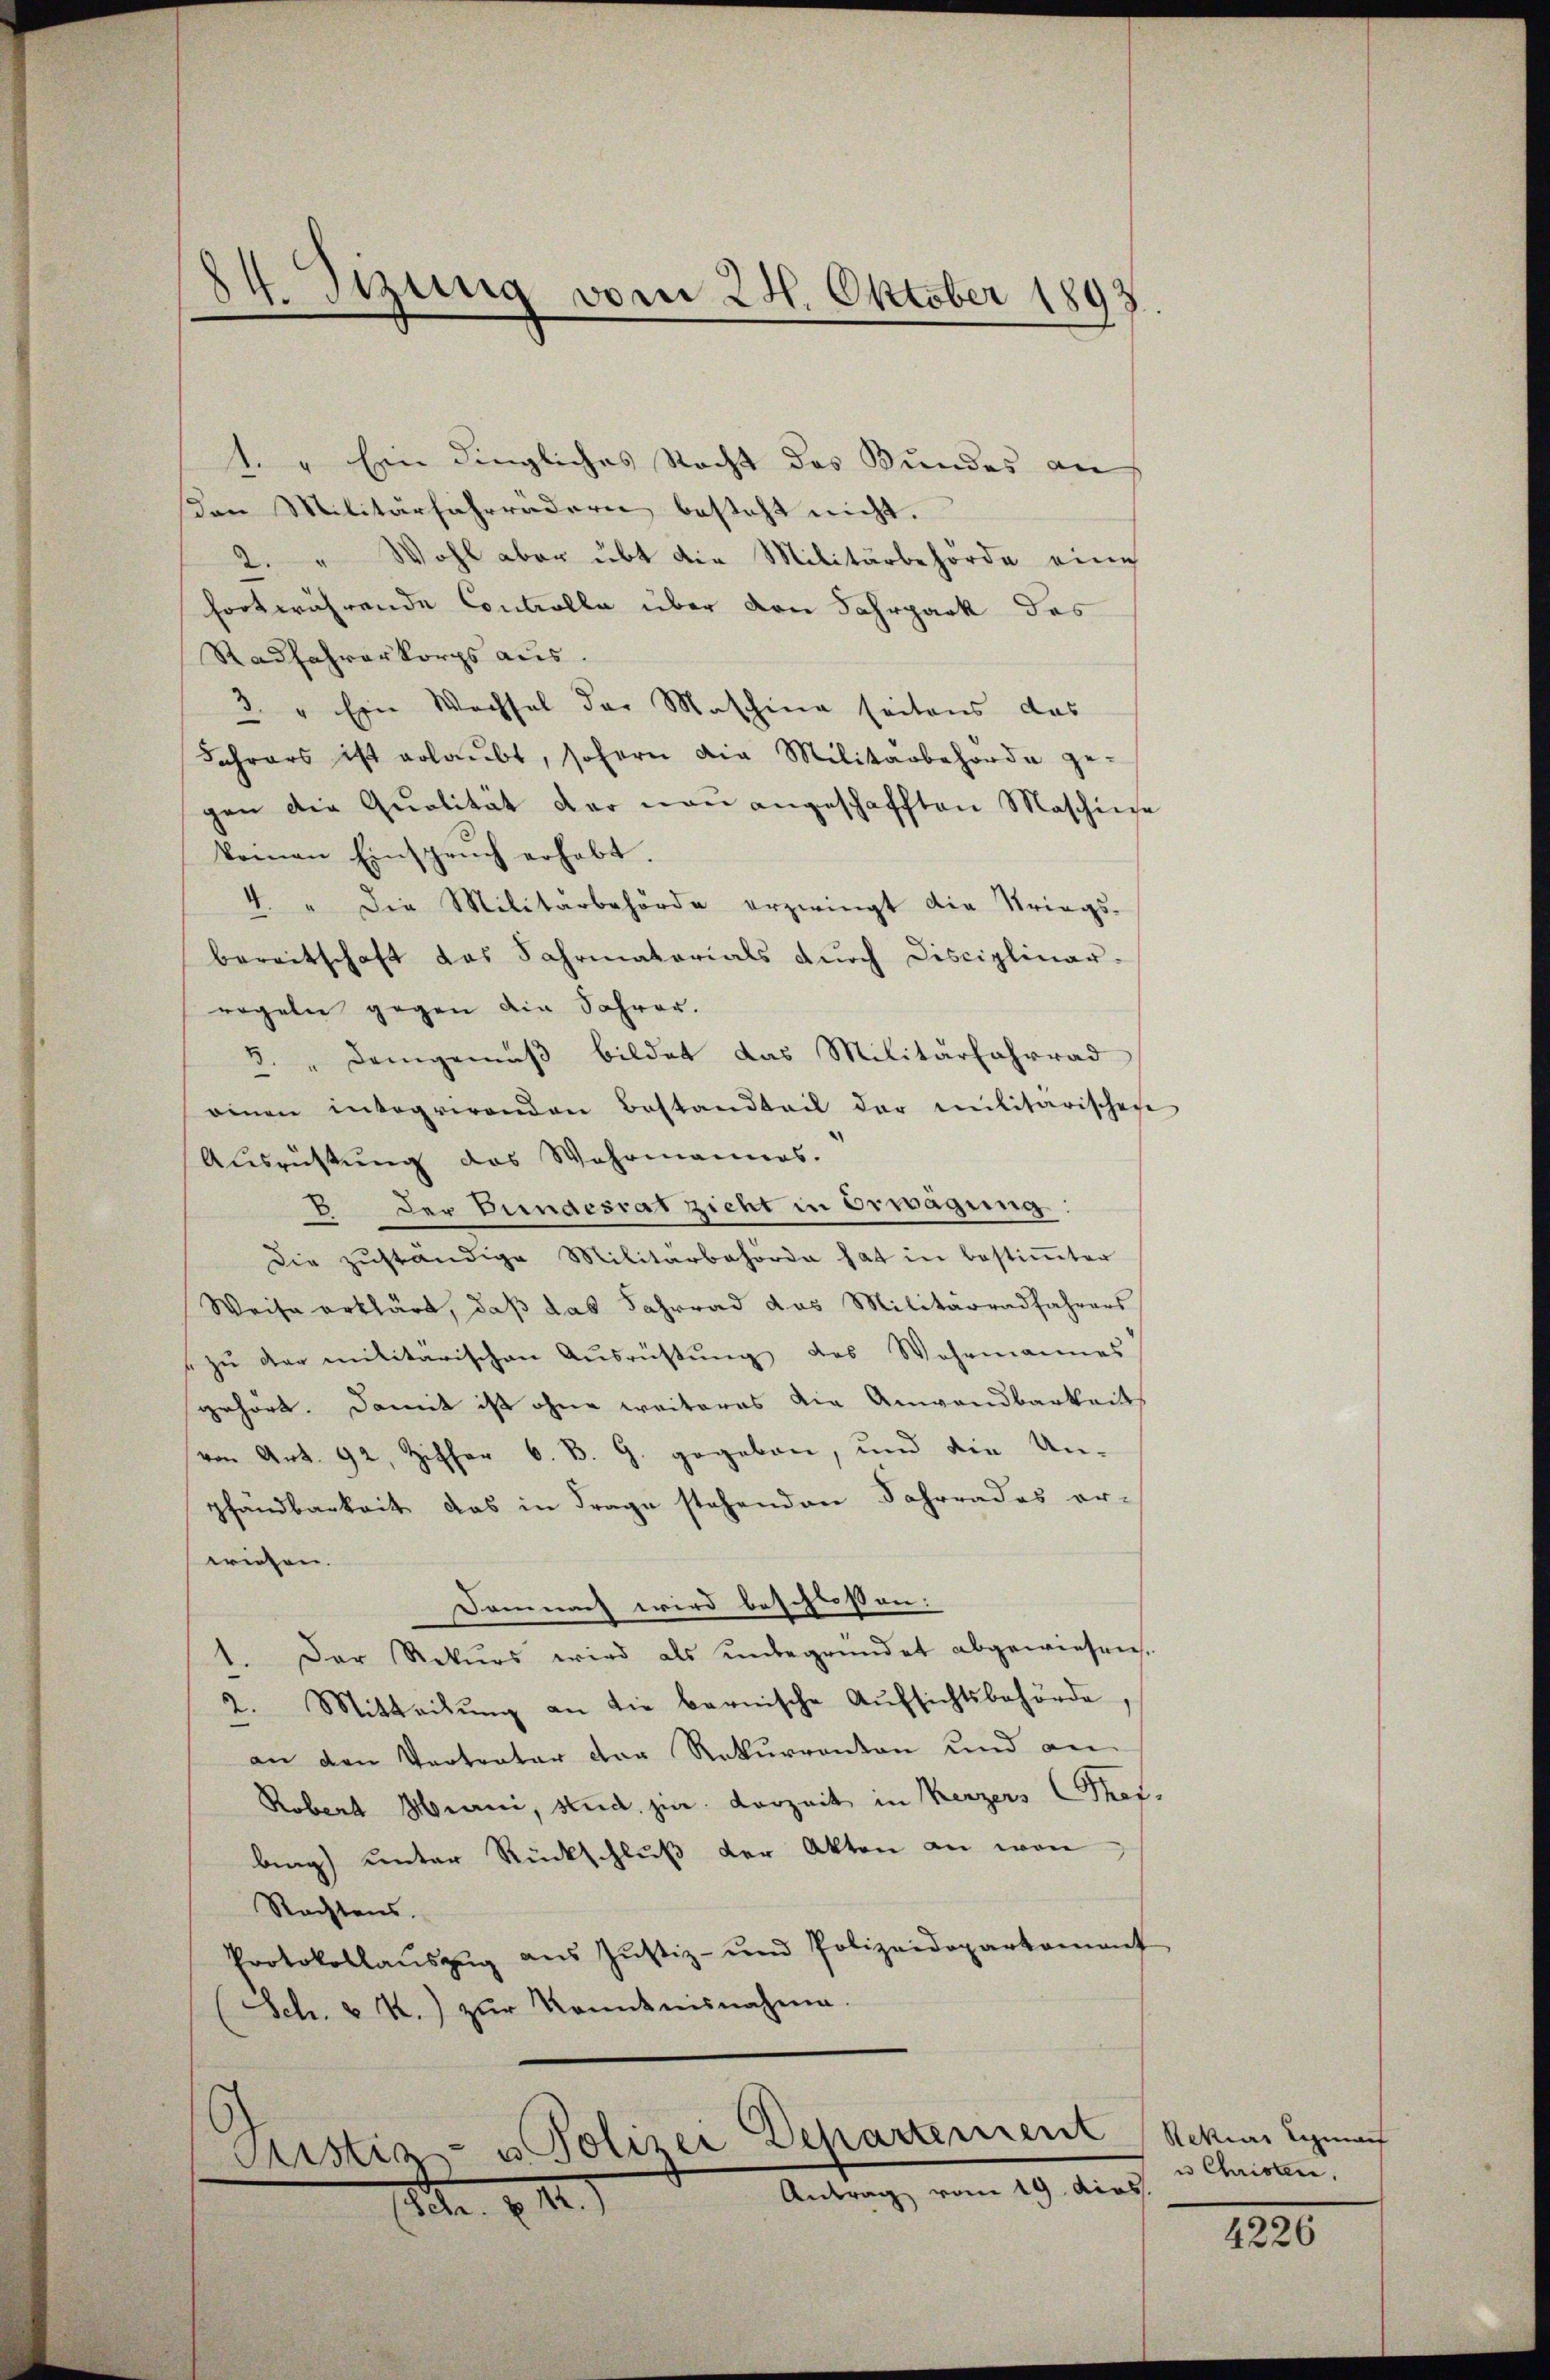
1. " Ein dingliches Recht des Bundes an
Von Militärfahrrädern besteht nicht.
2. " Wohl aber übt die Militärbehörde eine
fortwährende Controlle über den Fahrpark des
Radfahrerkorps aus.
3. " Ein Wechsel der Maschine seitens das
Jahrers ist erlaŭbt, sofern die Militärbehörde ge-
gen die Qualität der neu angeschafften Maschine
koman Einsprŭch erhebt.
4. " Die Militärbehörde erzwingt die Kriegs-
bereitschaft das Fahrmatorials durch Disciplinar-
regeln gegen die Jahrer.
3. " Demgemäß bildet das Militärfahrrad
einen integrirenden Bestandteil der Militarischehe
Ausrüstung des Wahrmannes.
E der Bundesrat zieht in Erwägung:
Die zŭständige Militärbehörde hat in bestiṁter
Weise erklärt, daß das Fahrrad das Militärradfahrers
 zŭ der militarischen Aŭsrüstung des Wehrmannes
gehört. Damit ist ohne weiteres die Anwendbarkeit
von Art. 92, Ziffer 6. B. G. gegeben, und die Un-
pfändbarkeit das in Frage stehenden Fahrrades er-
wiesen.
Demnach wird beschlossen:
1. Der Rekurs wird als unbegründet abgewiesen.
2. Mitteilung an die bernische Aufsichtsbehörde
an den Vertrater der Rekurranton und an
Robert Hurni, stud. jur. Vorzeit in Kerzers Prof.
ling unter Rückschluß der Akten an von
Rachtens.
Protokollaŭszŭg aŭs Jŭstiz- und Polizeidepartamant
(Sch. v. M.) zŭr Kenntnisnahme.

84. Sizung vom 24. Oktober 1893

Gustiz- u. Polizei Departement
Antrag vom 19. dies
(Sch. § 112.

Rekias Sigmach
u Christen,

4226